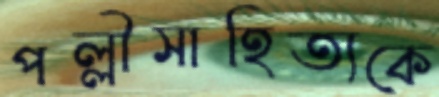
পল্লীসাহিত্যকে